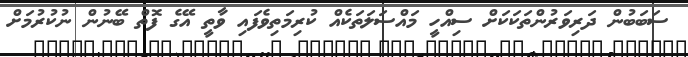
ސަބަބުން ދަރިވަރުންތަކަކަށް ސިއްހީ މައްސަލަތަކެއް ކުރިމަތިވެފައި ވާތީ އޭގެ ފޮތް ބޭނުން ނުކުރުމަށް